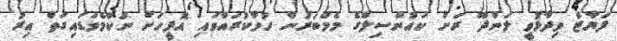
ފަޔާޒް ވިދާޅުވީ ލަންދޫ ރަށު ކައުންސިލްގެ މެމްބަރުން ހުވާކުރައްވައި އޮފީހަށް ނުކުމެވަޑައިގަތް އިރު